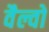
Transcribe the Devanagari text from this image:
वैल्वो